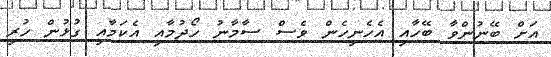
އަށް ބޭނުންވާ ބޭހާއި އެހެނިހެން ވެސް ސާމާނު ހޯދުމާއި އެކަމާއި ގުޅުން ހުރި